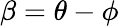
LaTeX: \beta=\theta-\phi